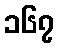
၁၆၇